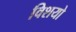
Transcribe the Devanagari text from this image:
विशयो